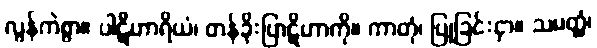
လွန်ကဲစွာ။ ပါဋိဟာရိယံ၊ တန်ခိုးပြာဋိဟာကို။ ကာတုံ၊ ပြုခြင်းငှာ။ သမတ္ထံ၊